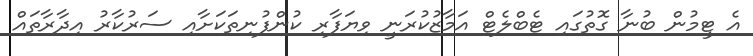
އެ ޓީމުން ބުނާ ގޮތުގައި ޓެބްލެޓް އަމާޒުކުރަނީ ވިޔަފާރި ކުންފުނިތަކަށާއި ސަރުކާރު އިދާރާތައް